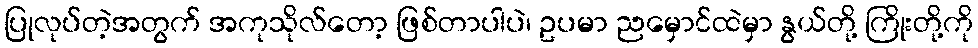
ပြုလုပ်တဲ့အတွက် အကုသိုလ်တော့ ဖြစ်တာပါပဲ၊ ဥပမာ ညမှောင်ထဲမှာ နွယ်တို့ ကြိုးတို့ကို